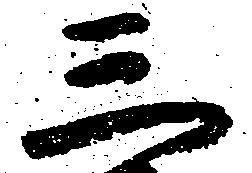
三